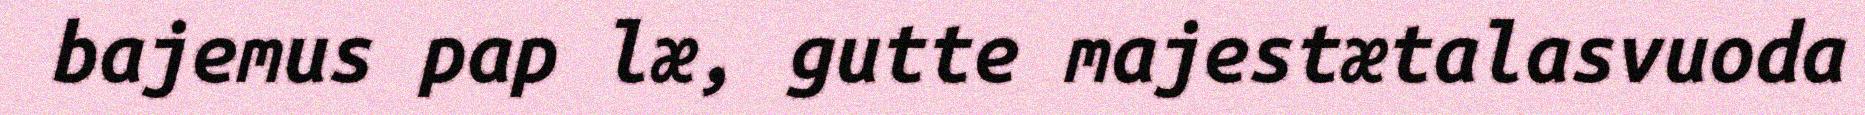
bajemus pap læ, gutte majestætalasvuoda